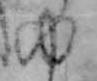
ゆ